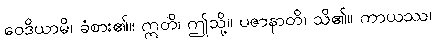
ဝေဒိယာမိ၊ ခံစား၏။ ဣတိ၊ ဤသို့။ ပဇာနာတိ၊ သိ၏။ ကာယဿ၊